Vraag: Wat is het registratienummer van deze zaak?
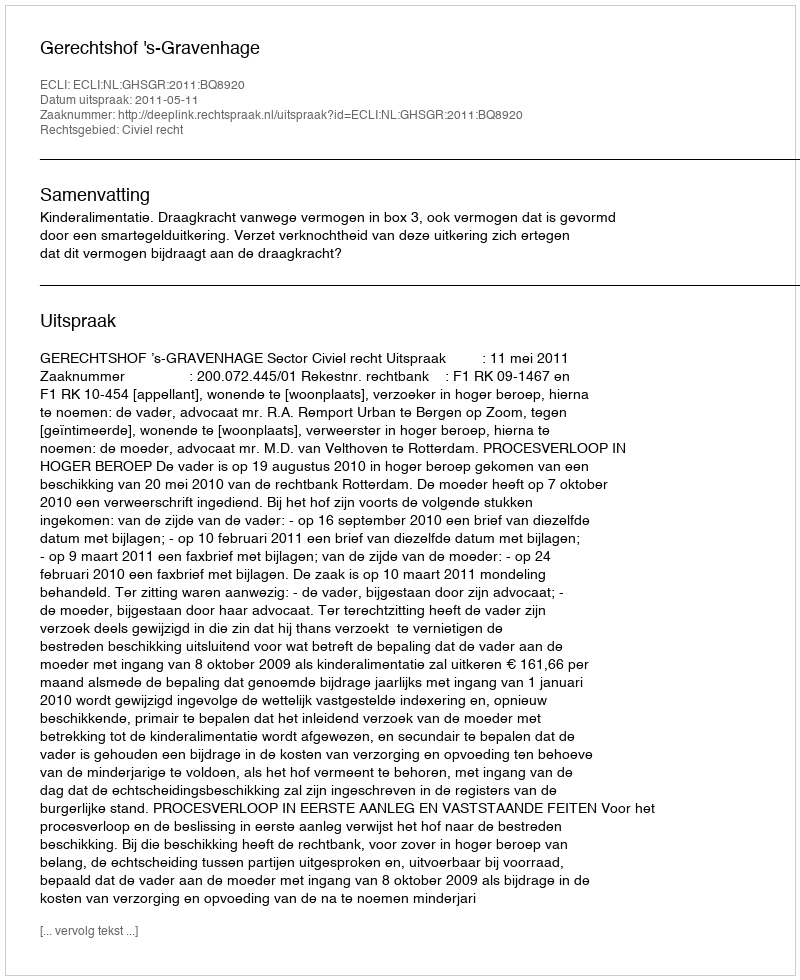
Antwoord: http://deeplink.rechtspraak.nl/uitspraak?id=ECLI:NL:GHSGR:2011:BQ8920